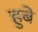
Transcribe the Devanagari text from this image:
हुबे